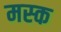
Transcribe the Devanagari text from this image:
मस्‍क